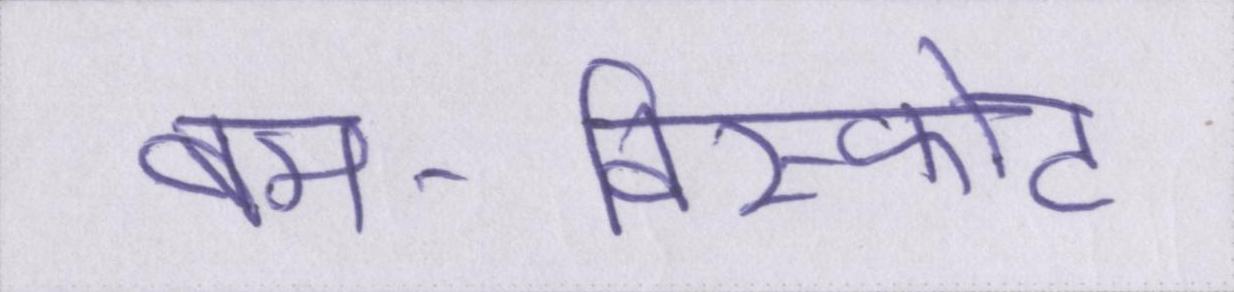
बम-विस्फोट